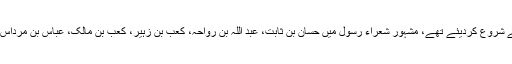
اسلام کے اوائل اور شروع میں ہی شعراء نے نبی کریم ﷺ کی مدح وتوصیف کے بارے میں اشعار کہنے شروع کردیئے تھے، مشہور شعراء رسول میں حسان بن ثابت، عبد اللہ بن رواحہ، کعب بن زہیر، کعب بن مالک، عباس بن مرداس رضی اللہ عنہم اور ان کے علاوہ دیگر شعراء نے آپ کی شان اور مدحت میں قصیدے لکھے ہوئے ہیں۔